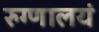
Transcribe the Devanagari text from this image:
रुग्णालयं